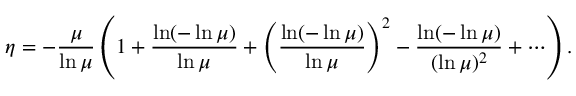
\protect \eta = - { \frac { \mu } { \ln \mu } } \left( 1 + { \frac { \ln ( - \ln \mu ) } { \ln \mu } } + \left( { \frac { \ln ( - \ln \mu ) } { \ln \mu } } \right) ^ { 2 } - { \frac { \ln ( - \ln \mu ) } { ( \ln \mu ) ^ { 2 } } } + \cdots \right) .